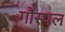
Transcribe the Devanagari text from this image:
गौस्पल